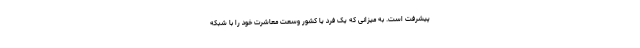
پیشرفت است. به میزانی که یک فرد یا کشور وسعتِ معاشرت خود را با شبکه